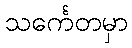
သင်္ကေတမှာ